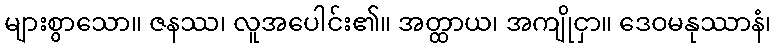
များစွာသော။ ဇနဿ၊ လူအပေါင်း၏။ အတ္ထာယ၊ အကျိုငှာ။ ဒေဝမနုဿာနံ၊